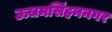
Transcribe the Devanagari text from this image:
ऊधमसिंहननगर